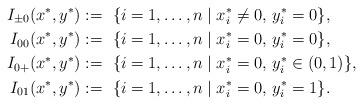
LaTeX: \begin{align*}I_{\pm0}(x^*,y^*) &:=\ \{i=1,\dots,n \mid x_i^*\not=0,\,y^*_i=0\},\\I_{00}(x^*,y^*)&:=\ \{i=1,\dots,n \mid x_i^*=0,\,y^*_i=0\},\\I_{0+}(x^*,y^*)&:=\ \{i=1,\dots,n \mid x_i^*=0,\,y^*_i\in(0,1)\},\\I_{01}(x^*,y^*)&:=\ \{i=1,\dots,n \mid x_i^*=0,\,y^*_i=1\}.\end{align*}